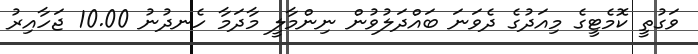
ވަގުތީ ކޮމެޓީގެ މިއަދުގެ ދެވަނަ ބައްދަލުވުން ނިންމާލީ މާދަމާ ހެނދުނު 10.00 ޖަހާއިރު